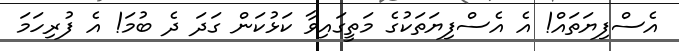
އެސްފިޔަތައް! އެ އެސްފިޔަތަކުގެ މަތީގައިވާ ކަޅުކަން ގަދަ ދެ ބުމަ! އެ ފުރިހަމަ